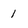
Character: 1